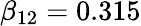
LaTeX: \beta_{12}=0.315